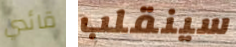
قائدي سينقلب